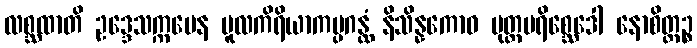
လစ္ဆထာတိ ဥဒ္ဒေသက္ကမေန မူလကိရိယာကပ္ပဂန္ထံ နိသိန္နကောဝ ပုတ္တပရိစ္ဆေဒေါ နောစိတ္တဉ္စ